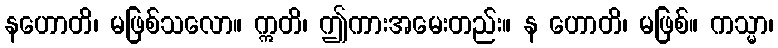
နဟောတိ၊ မဖြစ်သလော။ ဣတိ၊ ဤကားအမေးတည်း။ န ဟောတိ၊ မဖြစ်။ ကသ္မာ၊